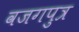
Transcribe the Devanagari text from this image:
वजगपुत्र